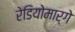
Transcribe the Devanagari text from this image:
रेडियोमार्गे